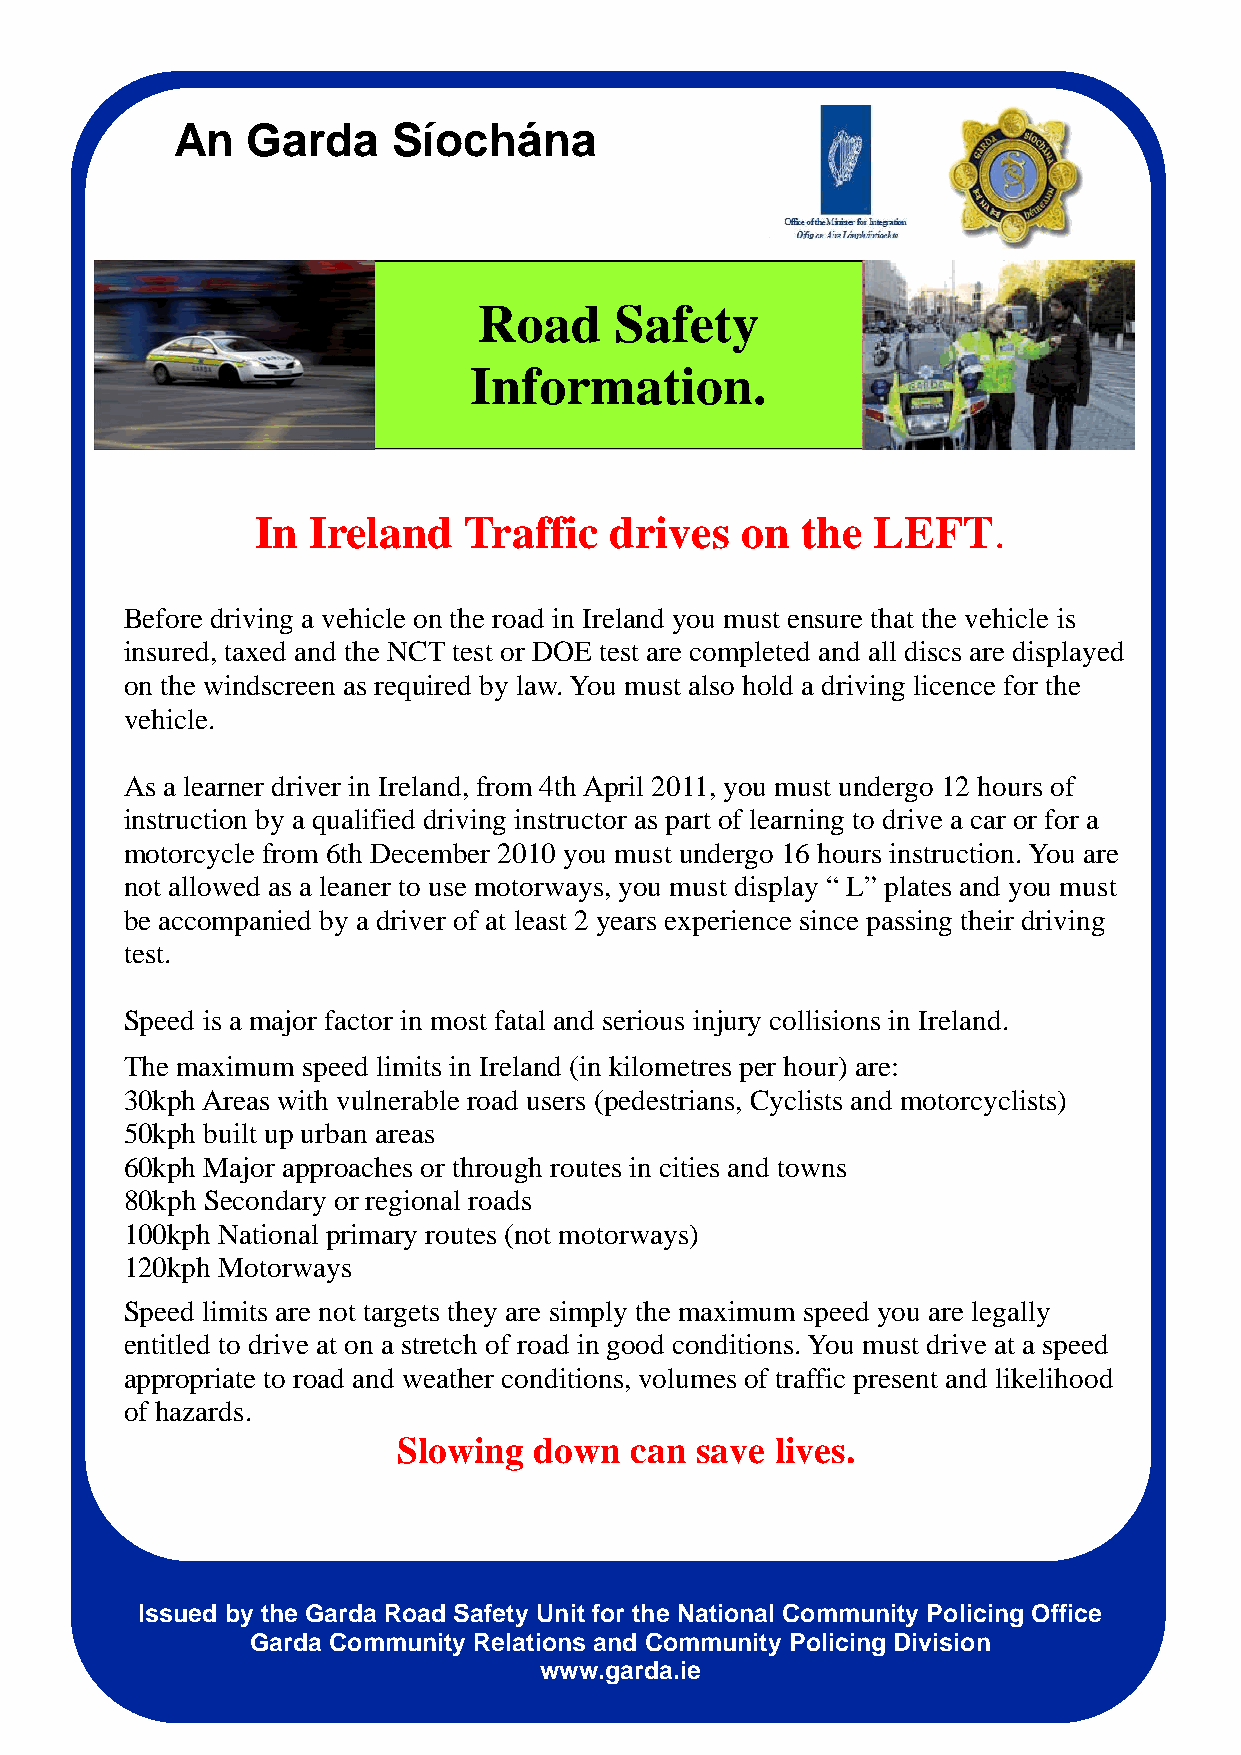
An   Garda     Síochána
 Road     Safety
 Information.
 In Ireland    Traffic  drives   on  the  LEFT.
 Before driving a vehicle on the road in Ireland you must ensure that the vehicle is
 insured, taxed and the NCT test or DOE test are completed and all discs are displayed
 on the windscreen as required by law. You must also hold a driving licence for the
 vehicle.
 As a learner driver in Ireland, from 4th April 2011, you must undergo 12 hours of
 instruction by a qualified driving instructor as part of learning to drive a car or for a
 motorcycle from 6th December 2010 you must undergo 16 hours instruction. You are
 not allowed as a leaner to use motorways, you must display “ L” plates and you must
 be accompanied by a driver of at least 2 years experience since passing their driving
 test.
 Speed is a major factor in most fatal and serious injury collisions in Ireland.
 The maximum speed limits in Ireland (in kilometres per hour) are:
 30kph Areas with vulnerable road users (pedestrians, Cyclists and motorcyclists)
 50kph built up urban areas
 60kph Major approaches or through routes in cities and towns
 80kph Secondary or regional roads
 100kph National primary routes (not motorways)
 120kph Motorways
 Speed limits are not targets they are simply the maximum speed you are legally
 entitled to drive at on a stretch of road in good conditions. You must drive at a speed
 appropriate to road and weather conditions, volumes of traffic present and likelihood
 of hazards.
 Slowing  down   can save lives.
 Issued by the Garda Road Safety Unit for the National Community Policing Office
 Garda Community Relations and Community Policing Division
 www.garda.ie